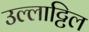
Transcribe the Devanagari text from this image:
उल्लाट्टिल